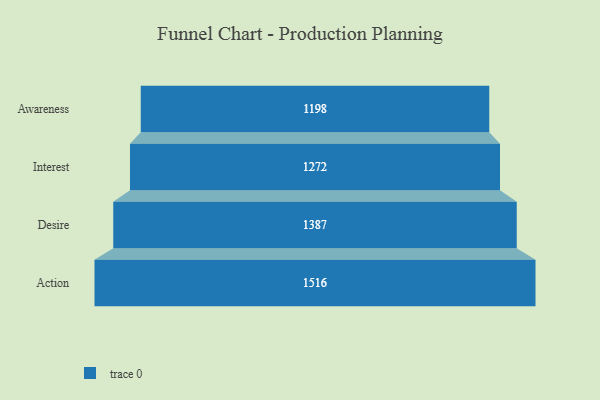
{"axis": {"x": "Stage", "y": "Value"}, "legend": [""], "data": [{"x": "Awareness", "y": 1198.0, "type": ""}, {"x": "Interest", "y": 1272.0, "type": ""}, {"x": "Desire", "y": 1387.0, "type": ""}, {"x": "Action", "y": 1516.0, "type": ""}]}